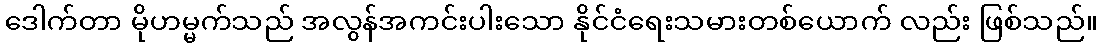
ဒေါက်တာ မိုဟမ္မက်သည် အလွန်အကင်းပါးသော နိုင်ငံရေးသမားတစ်ယောက် လည်း ဖြစ်သည်။